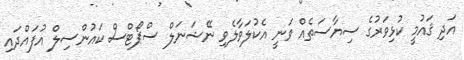
އަދި ޤައުމީ ކުޅިވަރުގެ ސިޔާސަތެއް ވަނީ އެކުލަވާލެވި ނޭޝަނަލް ސްޕޯޓްސް ކައުންސިލް އުފައްދައި